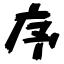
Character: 序